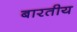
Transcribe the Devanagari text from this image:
बारतीय